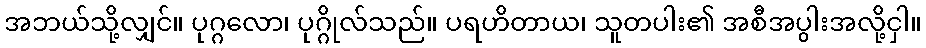
အဘယ်သို့လျှင်။ ပုဂ္ဂလော၊ ပုဂ္ဂိုလ်သည်။ ပရဟိတာယ၊ သူတပါး၏ အစီအပွါးအလို့ငှါ။